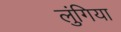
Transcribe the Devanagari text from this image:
लुंगिया